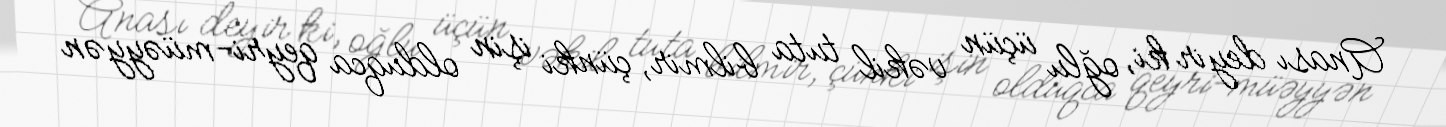
Anası deyir ki, oğlu üçün vəkil tuta bilmir, çünki işin olduqca qeyri-müəyyən